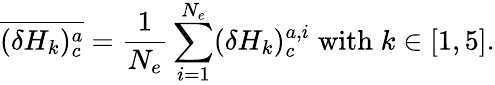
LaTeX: \overline{{(\delta H_{k})_{c}^{a}}}=\frac{1}{N_{e}}\sum_{\substack{i=1}}^{N_{e}}(\delta H_{k})_{c}^{a,i}\; \textnormal{with}\; k\in[1,5].